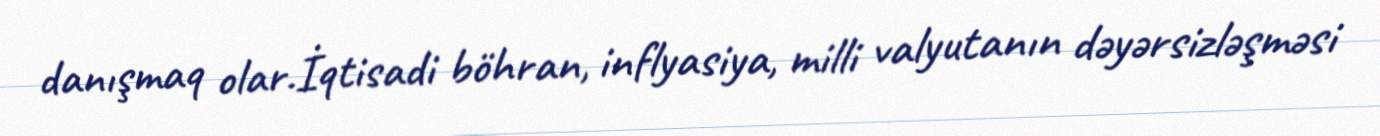
danışmaq olar.İqtisadi böhran, inflyasiya, milli valyutanın dəyərsizləşməsi